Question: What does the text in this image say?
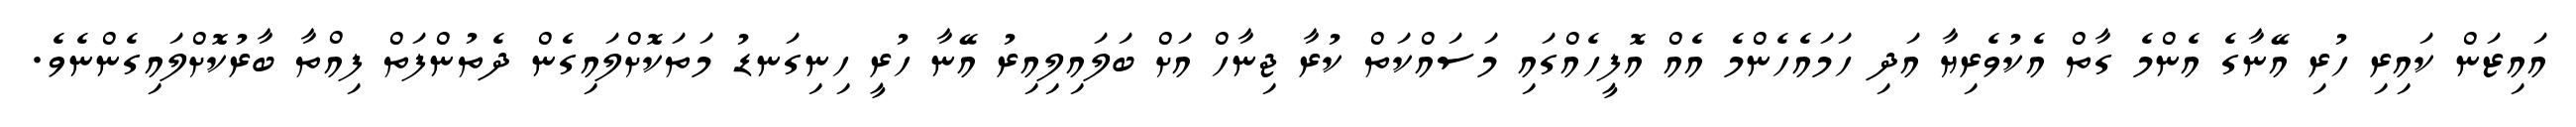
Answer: އައިޒަން ކައިރި ހުރި އޭނާގެ އެންމެ ގާތް އެކުވެރިޔާ އަދި ހަމައެހެންމެ އެއް އޮފީހެއްގައި މަސައްކަތް ކުރާ ޖިނާހް އަށް ބަލައިލިއިރު އޭނާ ހުރީ ހިނިގަނޑު މަތަކޮށްލައިގެން ދެތުންފަތް ފިއްތާ ބާރުކޮށްލައިގެންނެވެ.